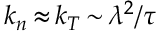
k _ { n } \, { \approx } \, k _ { T } \, { \sim } \, { \lambda } ^ { 2 } / \tau